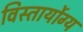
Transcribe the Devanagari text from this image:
विस्तार्योग्य